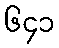
၆၄၁